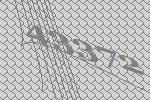
43372